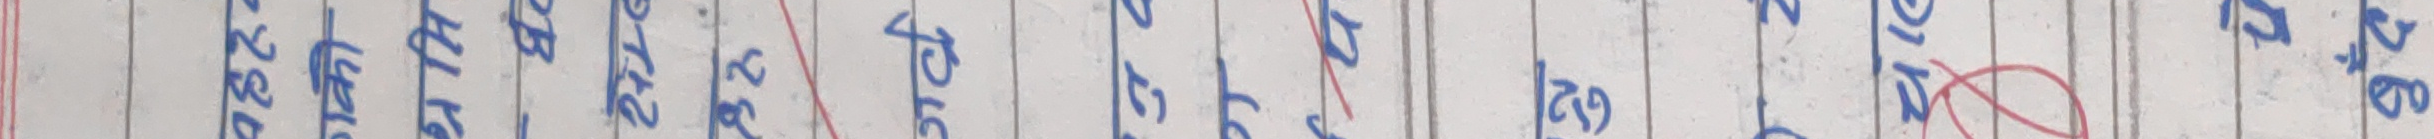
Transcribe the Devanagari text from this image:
आह रहे